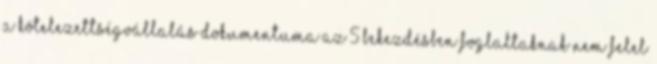
a kötelezettségvállalás dokumentuma az 5 bekezdésben foglaltaknak nem felel